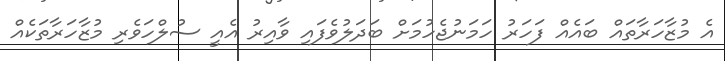
އެ މުޒާހަރާތައް ބައެއް ފަހަރު ހަމަނުޖެހުމަށް ބަދަލުވެފައި ވާއިރު އެއީ ސުލްހަވެރި މުޒާހަރާތަކެއް